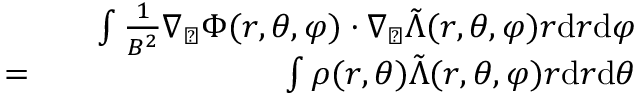
\begin{array} { r l r } & { } & { \int \frac { 1 } { B ^ { 2 } } \nabla _ { \perp } \Phi ( r , \theta , \varphi ) \cdot \nabla _ { \perp } \tilde { \Lambda } ( r , \theta , \varphi ) r \mathrm { d } r \mathrm { d } \varphi } \\ { = } & { } & { \int \rho ( r , \theta ) \tilde { \Lambda } ( r , \theta , \varphi ) r \mathrm { d } r \mathrm { d } \theta } \end{array}